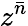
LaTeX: z^{\bar{n}}